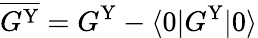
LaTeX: \overline{{G^{\mathrm{Y}}}}=G^{\mathrm{Y}}-\langle 0|G^{\mathrm{Y}}|0\rangle